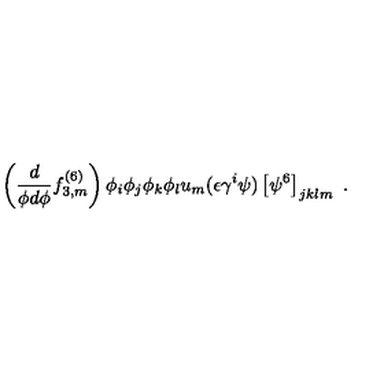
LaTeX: \left( \frac { d } { \phi d \phi } f _ { 3 , m } ^ { ( 6 ) } \right) \phi _ { i } \phi _ { j } \phi _ { k } \phi _ { l } u _ { m } ( \epsilon \gamma ^ { i } \psi ) \left[ \psi ^ { 6 } \right] _ { j k l m } \ .